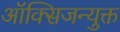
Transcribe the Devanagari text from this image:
ऑक्सिजन्युक्त